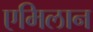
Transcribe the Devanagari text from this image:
एमिलान